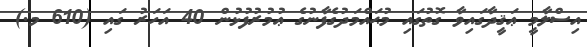
އިސްލާމީ ޢަޤީދާގައިވާ ގޮތުގައި މުޙައްމަދުގެފާނުގެ ޢުމުރުފުޅުން 40 އަހަރު ގައި (610 މ.)